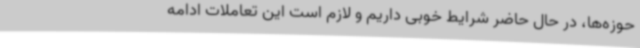
حوزه‌ها، در حال حاضر شرایط خوبی داریم و لازم است این تعاملات ادامه